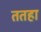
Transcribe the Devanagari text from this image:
ततहा